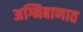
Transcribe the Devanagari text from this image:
अग्निबाणात